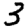
Digit: 3